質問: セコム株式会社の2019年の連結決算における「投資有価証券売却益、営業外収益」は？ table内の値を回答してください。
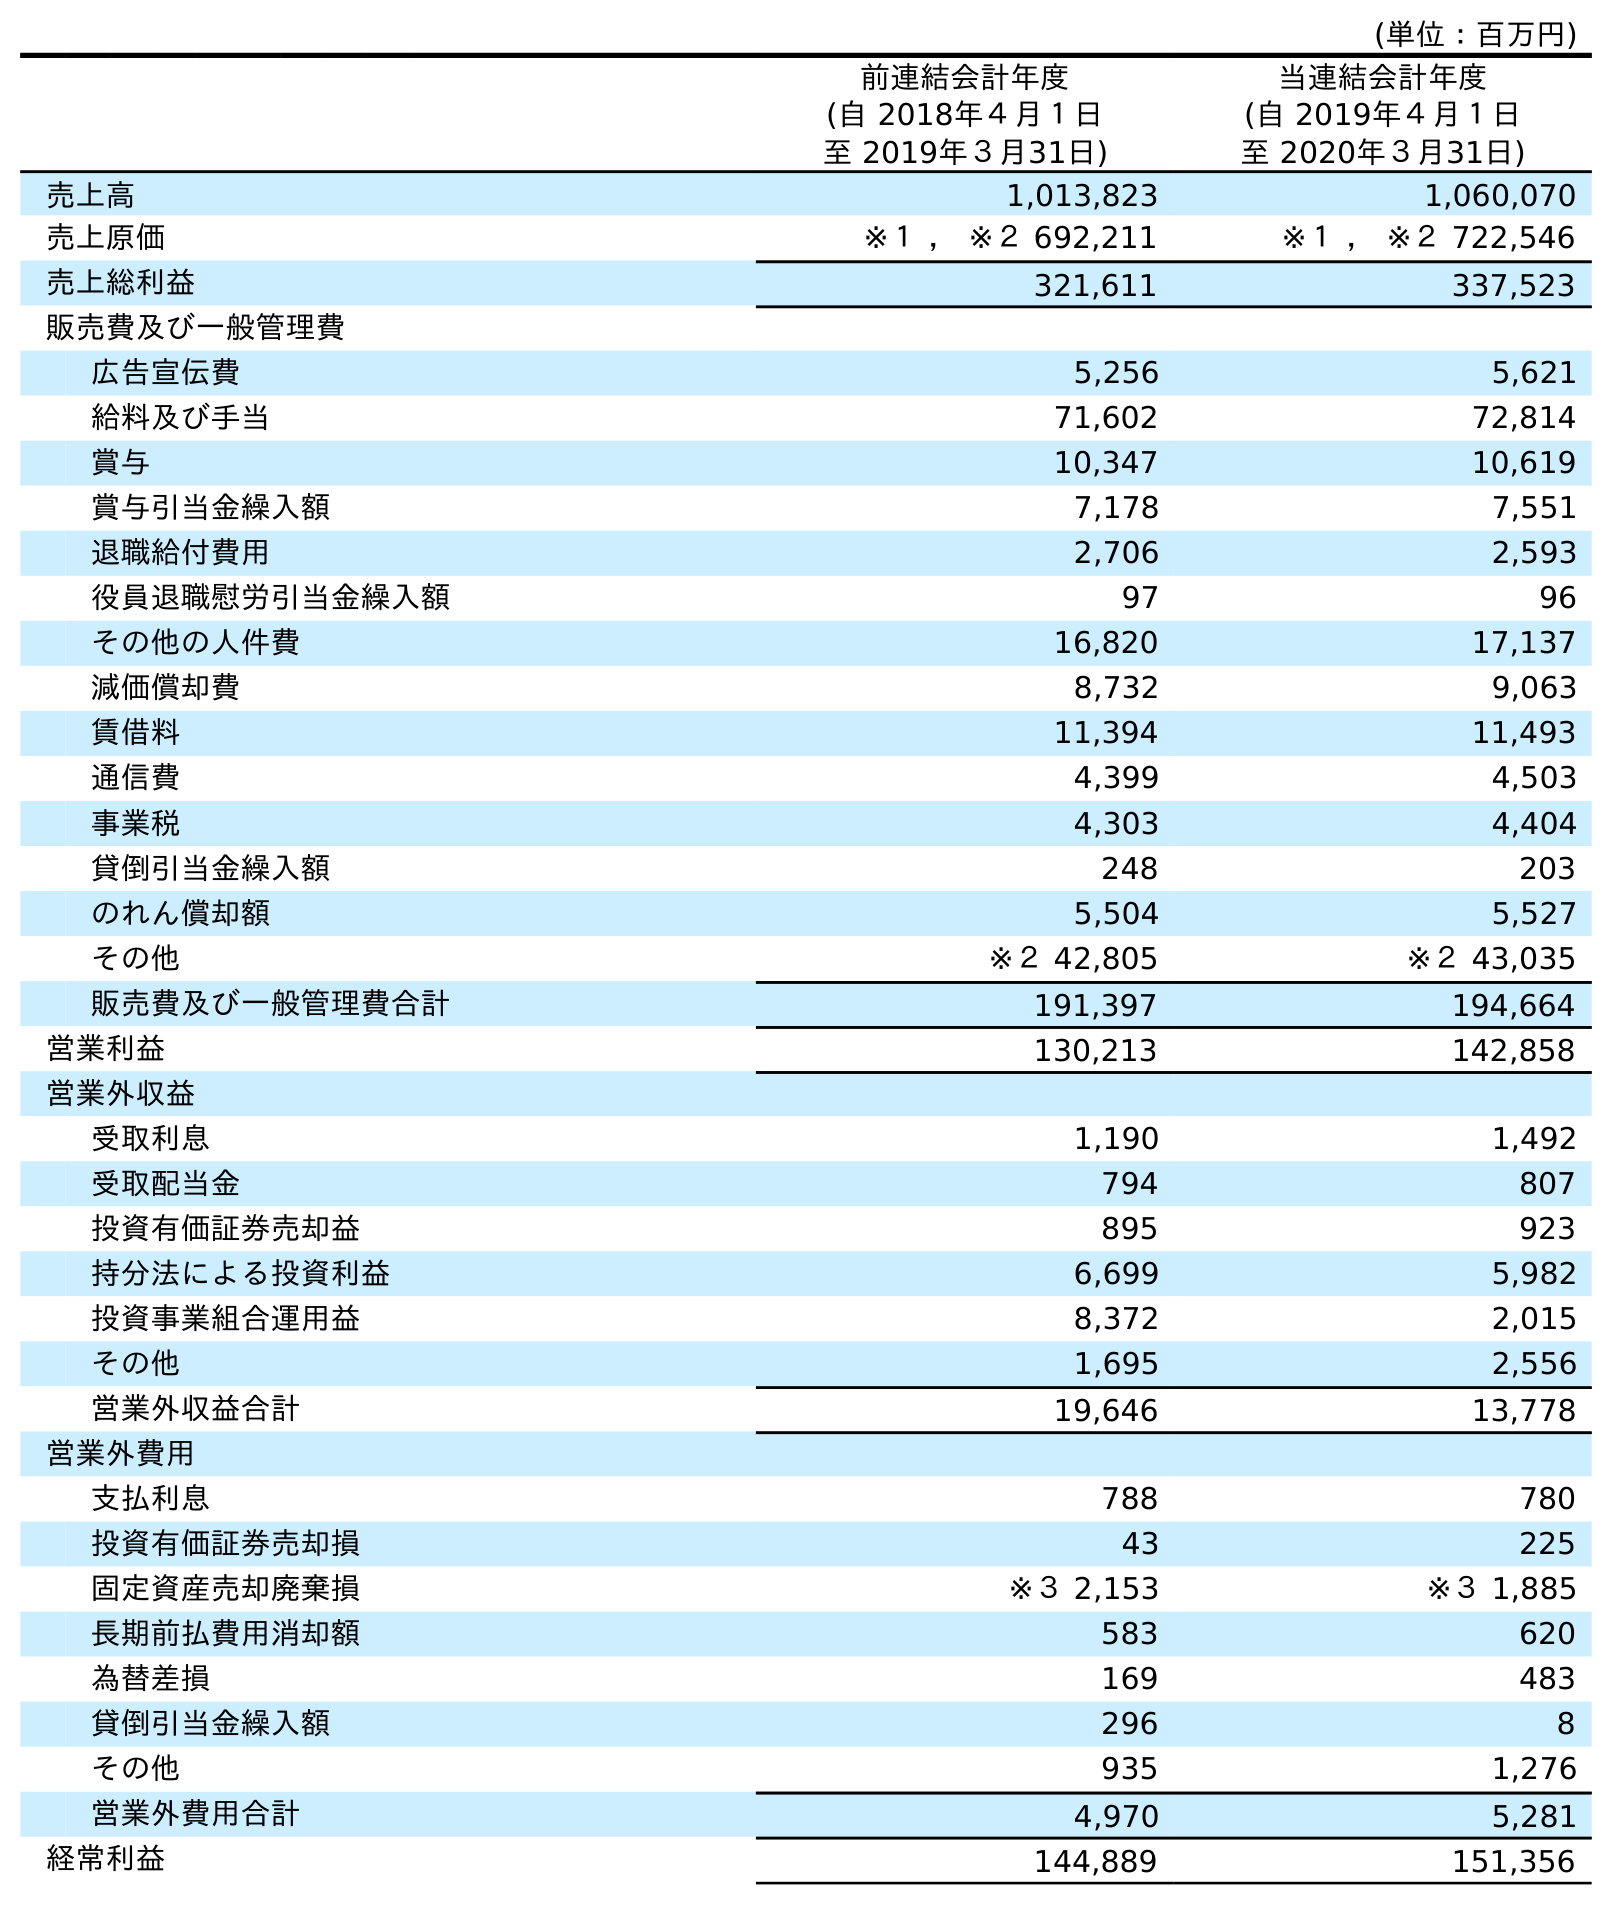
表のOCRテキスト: (単位：百万円) 前連結会計年度 (自 2018年４月１日 至 2019年３月31日) 当連結会計年度 (自 2019年４月１日 至 2020年３月31日) 売上高 1,013,823 1,060,070 売上原価 ※１ ， ※２ 692,211 ※１ ， ※２ 722,546 売上総利益 321,611 337,523 販売費及び一般管理費 広告宣伝費 5,256 5,621 給料及び手当 71,602 72,814 賞与 10,347 10,619 賞与引当金繰入額 7,178 7,551 退職給付費用 2,706 2,593 役員退職慰労引当金繰入額 97 96 その他の人件費 16,820 17,137 減価償却費 8,732 9,063 賃借料 11,394 11,493 通信費 4,399 4,503 事業税 4,303 4,404 貸倒引当金繰入額 248 203 のれん償却額 5,504 5,527 その他 ※２ 42,805 ※２ 43,035 販売費及び一般管理費合計 191,397 194,664 営業利益 130,213 142,858 営業外収益 受取利息 1,190 1,492 受取配当金 794 807 投資有価証券売却益 895 923 持分法による投資利益 6,699 5,982 投資事業組合運用益 8,372 2,015 その他 1,695 2,556 営業外収益合計 19,646 13,778 営業外費用 支払利息 788 780 投資有価証券売却損 43 225 固定資産売却廃棄損 ※３ 2,153 ※３ 1,885 長期前払費用消却額 583 620 為替差損 169 483 貸倒引当金繰入額 296 8 その他 935 1,276 営業外費用合計 4,970 5,281 経常利益 144,889 151,356
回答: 895